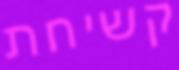
קשיחת